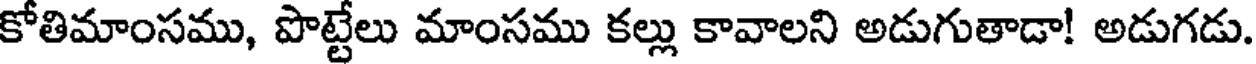
కోతిమాంసము, పొట్టేలు మాంసము కల్లు కావాలని అడుగుతాడా! అడుగడు.